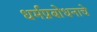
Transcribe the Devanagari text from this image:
धर्मप्रबोधनाचे